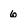
Character: 6